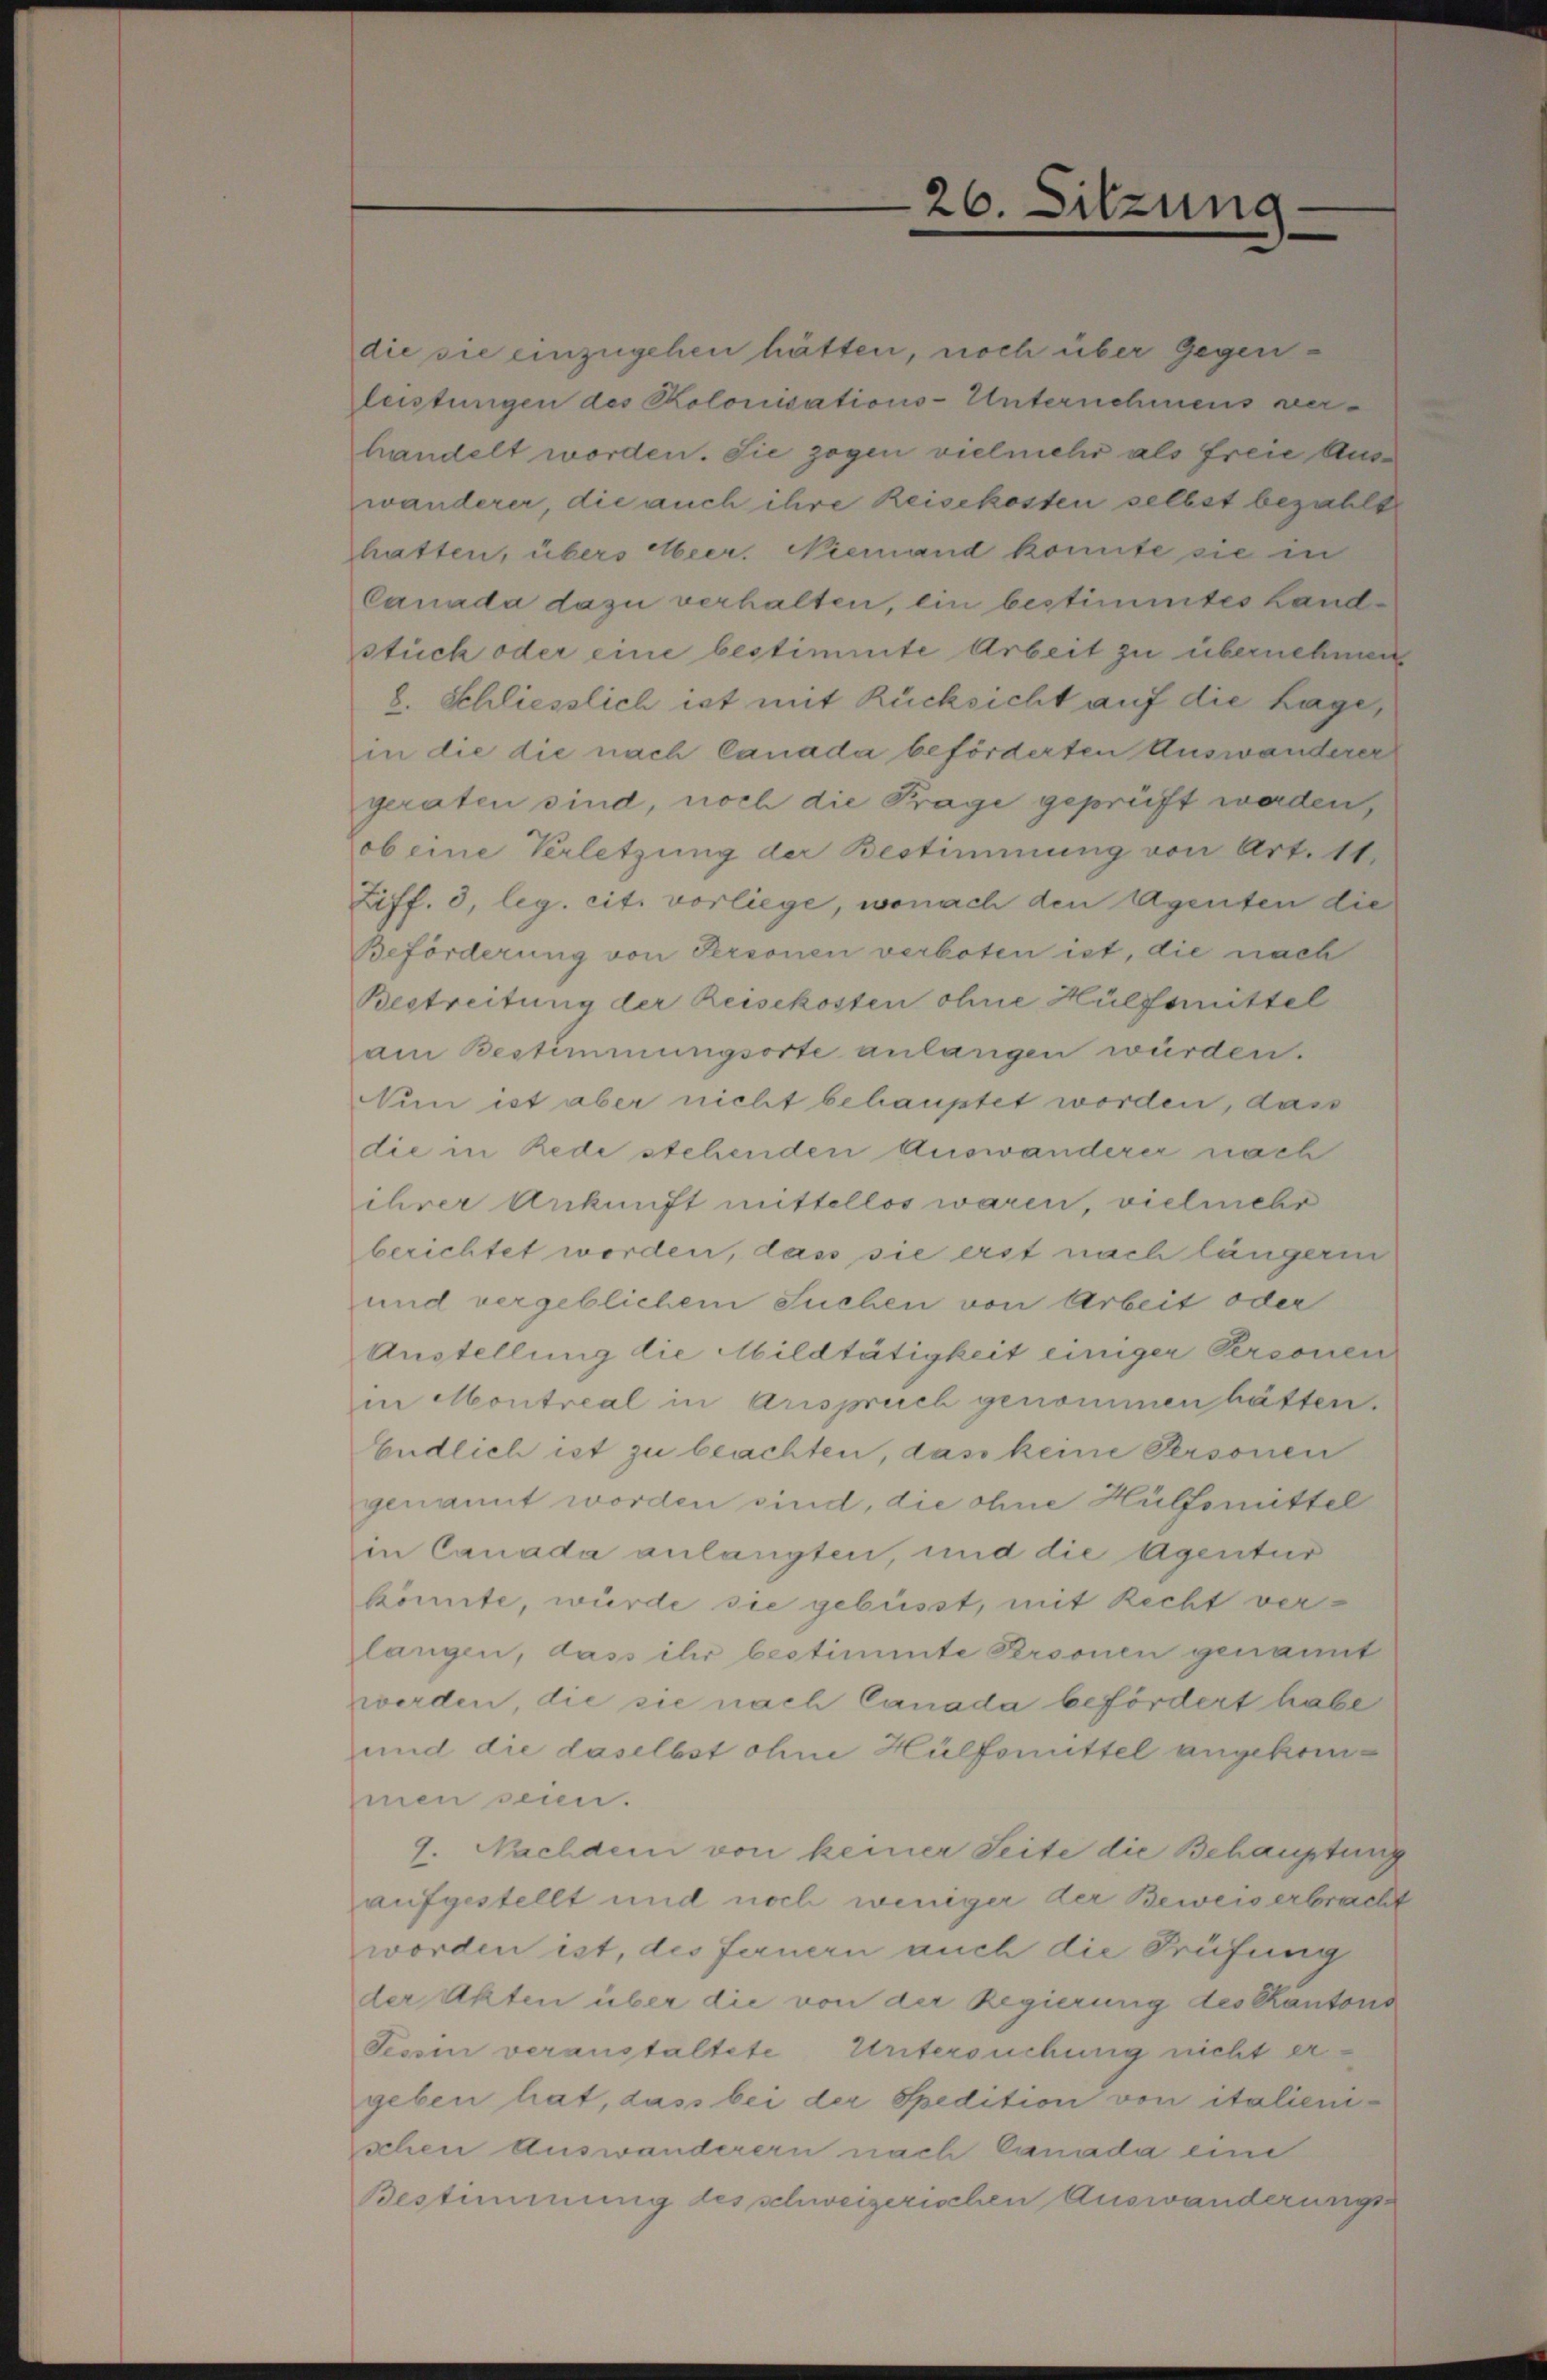
die sie einzugehen hätten, noch über Gegenleistungen des Kolonisations-Unternehmens verhandelt worden. Sie zogen vielmehr als freie Auswanderer, die auch ihre Reisekosten selbst bezahlt
hatten, übers Heer. Niemand konnte sie in
Canada dazu verhalten, ein bestimmtes Landstück oder eine bestimmte Arbeit zu übernehmen
8. Schliesslich ist mit Rücksicht auf die Lage,
in die die nach Canada beförderten Auswanderer
geraten sind, noch die Frage geprüft werden,
ob eine Verletzung der Bestimmung von Art. 11.
Ziff. 3, leg. cit. vorliege, wonach den Agenten die
Beförderung von Personen verboten ist, die nach
Bestreitung der Reisekosten ohne Hülfsmittel
am Bestimmungsorte anlangen würden.
Nun ist aber nicht behauptet worden, das
die in Rede stehenden Auswanderer nach
ihrer Ankunft mittellos waren, vielmehr
berichtet worden, dass sie erst nach längerin
und vergeblichem Suchen von Arbeit oder
Austellung die Mildtätigkeit einiger Personen
in Montreal in Arispruch genommen hätten.
Endlich ist zu beachten, das keine Personen
genannt worden sind, die ohne Hülfsmittel
in Canada anlangten, und die Agentur
könnte, würde sie gebüsst, mit Recht verlangen, dass ihr bestimmte Personen genannt
werden, die sie nach Canada befördert habe
und die daselbst ohne Hülfsmittel angekommen seien.
9. Nachdem von keiner Seite die Behauptung
aufgestellt und noch weniger der Beweis erbracht
worden ist, des fernern auch die Prüfung
der Akten über die von der Regierung des Kantons
Tessin veranstaltete Untersuchung nicht ergeben hat, dass bei der Spedition von italienischen Auswanderern nach Canada eine
Bestimmung des schweizerischen Auswanderungs-

26. Sitzung